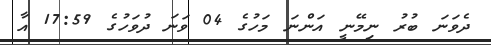
ދެވަނަ ބުރު ނިމޭނީ އަންނަ މަހުގެ 04 ވަނަ ދުވަހުގެ 17:59 އާ